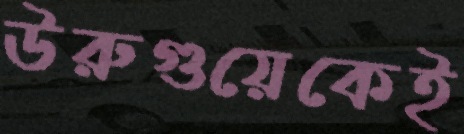
উরুগুয়েকেই